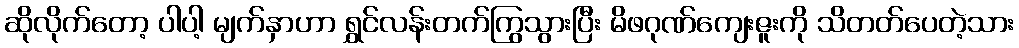
ဆိုလိုက်တော့ ပါပါ့ မျက်နှာဟာ ရွှင်လန်းတက်ကြွသွားပြီး မိဖဂုဏ်ကျေးဇူးကို သိတတ်ပေတဲ့သား